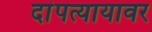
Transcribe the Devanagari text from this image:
दांपत्यायावर